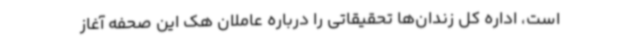
است، اداره کل زندان‌ها تحقیقاتی را درباره عاملان هک این صحفه آغاز